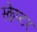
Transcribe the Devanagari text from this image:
स्केप्टर